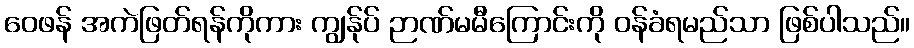
ဝေဖန် အကဲဖြတ်ရန်ကိုကား ကျွန်ုပ် ဉာဏ်မမီကြောင်းကို ဝန်ခံရမည်သာ ဖြစ်ပါသည်။